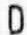
D